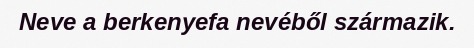
Neve a berkenyefa nevéből származik.